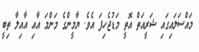
މައްސަލައިގައި ޝަރީއަތް އޮތީ މަޑުޖެހިފަ އެވެ. ޔާމީންގެ މަންމަ އާއި އާއިލާ ތިބީ